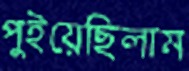
পুইয়েছিলাম